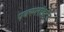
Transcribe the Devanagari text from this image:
एक्स्प्लाॅइटेड